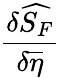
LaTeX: \frac{\delta\widehat{S_{F}}}{\delta\overline{{{\eta}}}}